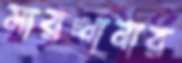
সারখানার